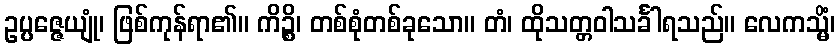
ဥပ္ပဇ္ဇေယျုံ၊ ဖြစ်ကုန်ရာ၏။ ကိဉ္စိ၊ တစ်စုံတစ်ခုသော။ တံ၊ ထိုသတ္တဝါသင်္ခါရသည်။ လေကသ္မိံ၊